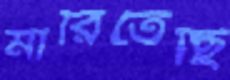
মারিতেছি